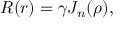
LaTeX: R ( r ) = \gamma J _ { n } ( \rho ) ,